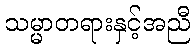
သမ္မာတရားနှင့်အညီ